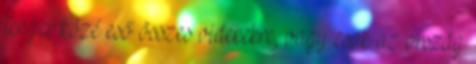
tenger közé eső összes vidékekre, vagy csak az ország